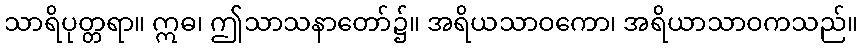
သာရိပုတ္တရာ။ ဣဓ၊ ဤသာသနာတော်၌။ အရိယသာဝကော၊ အရိယာသာဝကသည်။